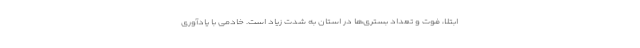
ابتلا، فوت و تعداد بستری‌ها در استان به شدت زیاد است. خادمی با یادآوری